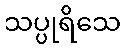
သပ္ပုရိသေ